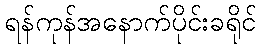
ရန်ကုန်အနောက်ပိုင်းခရိုင်